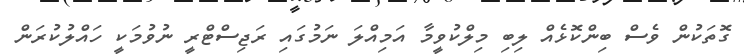
ގޮތަކުން ވެސް ބިންކޮޅެއް ލިބި މިލްކުވީމާ އަމިއްލަ ނަމުގައި ރަޖިސްޓްރީ ނުވުމަކީ ހައްލުކުރަން